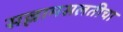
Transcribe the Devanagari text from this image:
सल्लामसलतीचा